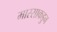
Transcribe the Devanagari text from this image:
मास्साकडुन